Medical and sanitary report of the native army of Bengal for the year
Year: 1875
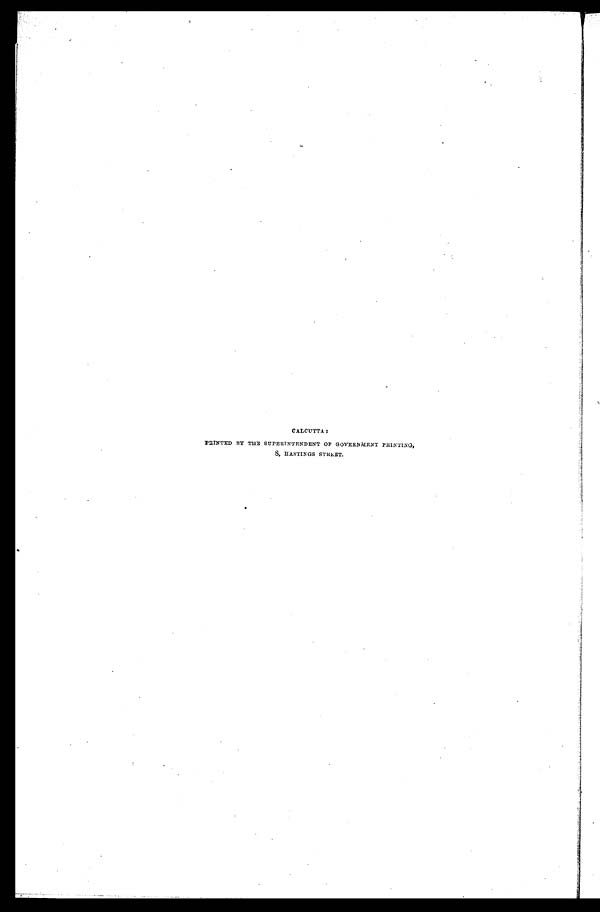
CALCUTTA:
PRINTED BY THE SUPERINTENDENT OF GOVERNMENT PRINTING,
8, HASTINGS STREET
.